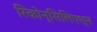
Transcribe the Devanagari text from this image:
रिकोन्सिलिएश्न